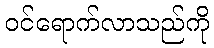
ဝင်ရောက်လာသည်ကို